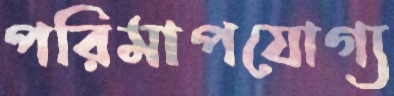
পরিমাপযোগ্য